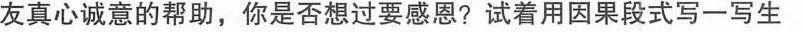
友真心诚意的帮助，你是否想过要感恩?试着用因果段式写一写生